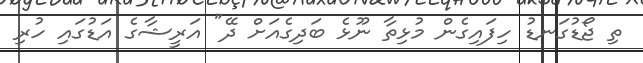
ތި ޖޯޑުގަނޑު ހިފައިގެން މުޅިތާ ނޫޅެ ބަދިގެއަށް ދޭ" އަރީޝާގެ އަޑުގައި ހުރި